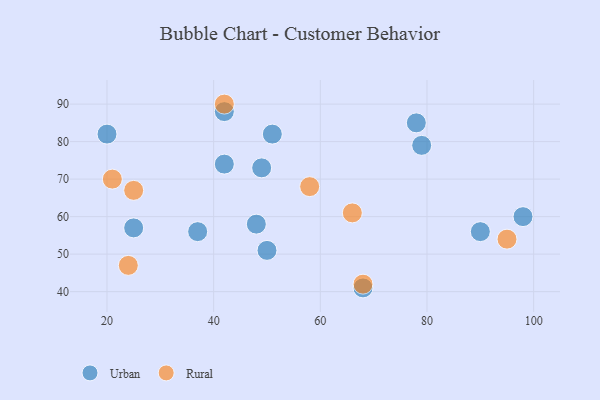
{"axis": {"x": "GDP", "y": "Life Expectancy"}, "legend": ["Rural", "Urban"], "data": [{"x": "90", "y": 56, "type": "Urban"}, {"x": "37", "y": 56, "type": "Urban"}, {"x": "49", "y": 73, "type": "Urban"}, {"x": "20", "y": 82, "type": "Urban"}, {"x": "51", "y": 82, "type": "Urban"}, {"x": "42", "y": 88, "type": "Urban"}, {"x": "68", "y": 41, "type": "Urban"}, {"x": "48", "y": 58, "type": "Urban"}, {"x": "42", "y": 74, "type": "Urban"}, {"x": "25", "y": 57, "type": "Urban"}, {"x": "98", "y": 60, "type": "Urban"}, {"x": "79", "y": 79, "type": "Urban"}, {"x": "50", "y": 51, "type": "Urban"}, {"x": "78", "y": 85, "type": "Urban"}, {"x": "95", "y": 54, "type": "Rural"}, {"x": "58", "y": 68, "type": "Rural"}, {"x": "24", "y": 47, "type": "Rural"}, {"x": "68", "y": 42, "type": "Rural"}, {"x": "42", "y": 90, "type": "Rural"}, {"x": "21", "y": 70, "type": "Rural"}, {"x": "25", "y": 67, "type": "Rural"}, {"x": "66", "y": 61, "type": "Rural"}]}